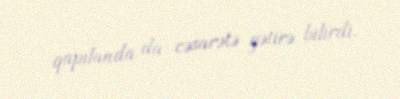
qapılanda da cəsarətə gətirə bilirdi.